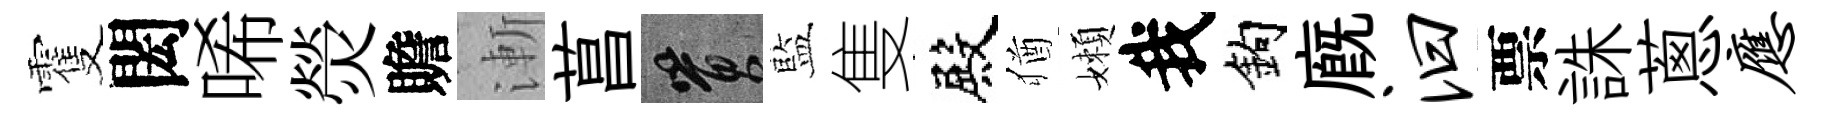
䨥閎唏熒贍漸菖篔藍隻殿猶嬾我鈎廐汩票誅蔥应